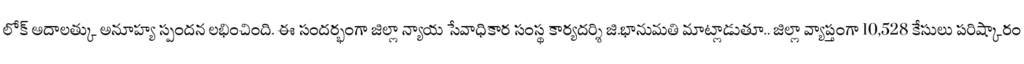
లోక్ అదాలత్కు అనూహ్య స్పందన లభించింది. ఈ సందర్భంగా జిల్లా న్యాయ సేవాధికార సంస్థ కార్యదర్శి జి.భానుమతి మాట్లాడుతూ.. జిల్లా వ్యాప్తంగా 10,528 కేసులు పరిష్కారం